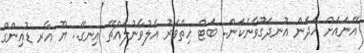
އޭނައަށް ހަދަން އުނދަގޫވާނެކަން.. ބަޓް ހިތްވަރު އެލުވާނުލައްޗޭ އިނގޭ.. ޔޫ އާރ ޑުއިންގް